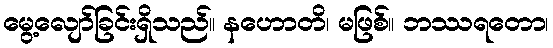
မွေ့လျော်ခြင်းရှိသည်။ နဟောတိ၊ မဖြစ်။ ဘဿရတော၊